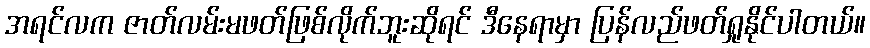
အရင်လက ဇာတ်လမ်းမဖတ်ဖြစ်လိုက်ဘူးဆိုရင် ဒီနေရာမှာ ပြန်လည်ဖတ်ရှုနိုင်ပါတယ်။